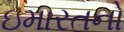
ઇમારતનો